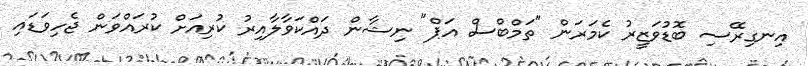
އިނގިރޭސި ބޮޑުވަޒީރު ކެމަރަން "ތަމްބްސް އަޕް" ނިޝާން ދައްކަވާލާއިރު ކުރިއަށް ކުރައްވަން ޖެހިވަޑައި